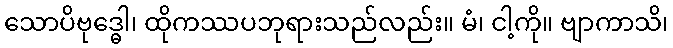
သောပိဗုဒ္ဓေါ၊ ထိုကဿပဘုရားသည်လည်း။ မံ၊ ငါ့ကို။ ဗျာကာသိ၊